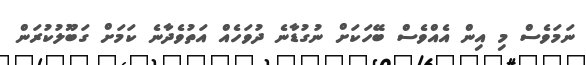
ނަމަވެސް މި އިން އެއްވެސް ބޭހަކަށް ނުގުޑާނެ ދުވަހެއް އަތުވެދާނެ ކަމަށް ގަބޫލުކުރަން